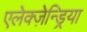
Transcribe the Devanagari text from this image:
एलेक्ज़ेन्ड्रिया